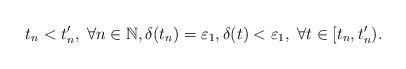
LaTeX: \begin{align*}t_n < t_n', \; \forall n \in \mathbb{N}, \delta(t_n)= \varepsilon_1, \delta(t) < \varepsilon_1, \; \forall t \in [t_n, t_n').\end{align*}